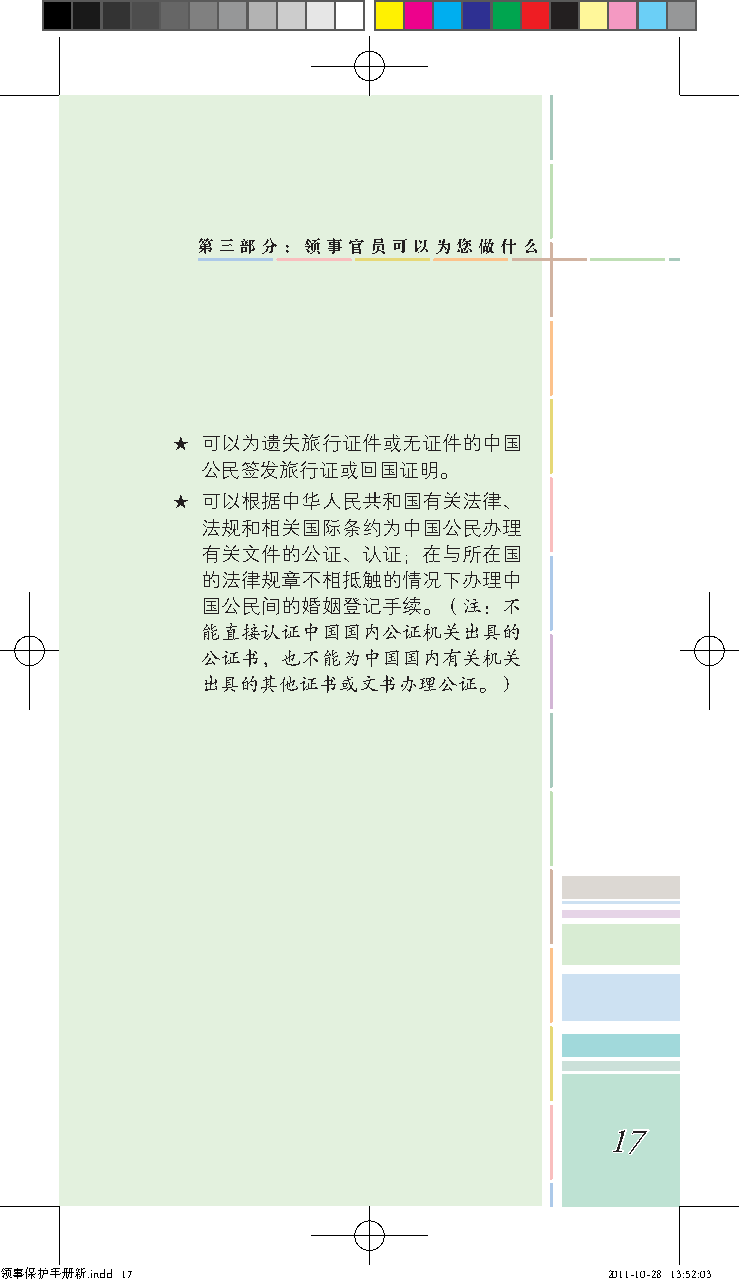
第三部分：领事官员可以为您做什么
 ★ 可以为遗失旅行证件或无证件的中国
 公民签发旅行证或回国证明。
 ★ 可以根据中华人民共和国有关法律、
 法规和相关国际条约为中国公民办理
 有关文件的公证、认证；在与所在国
 的法律规章不相抵触的情况下办理中
 国公民间的婚姻登记手续。（注：不
 能直接认证中国国内公证机关出具的
 公证书，也不能为中国国内有关机关
 出具的其他证书或文书办理公证。）
 17
 领事保护手册新.indd 17                         2011-10-28 13:52:03